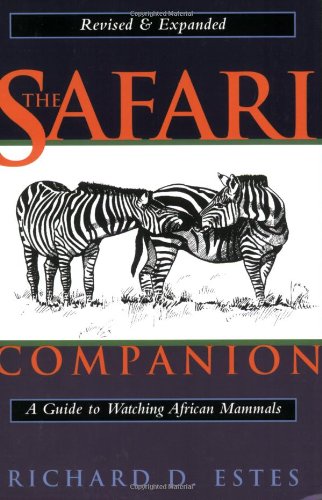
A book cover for The Safari Companion: A Guide to Watching African Mammals; Richard D. Estes; Science & Math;